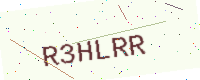
Text: R3HLRR